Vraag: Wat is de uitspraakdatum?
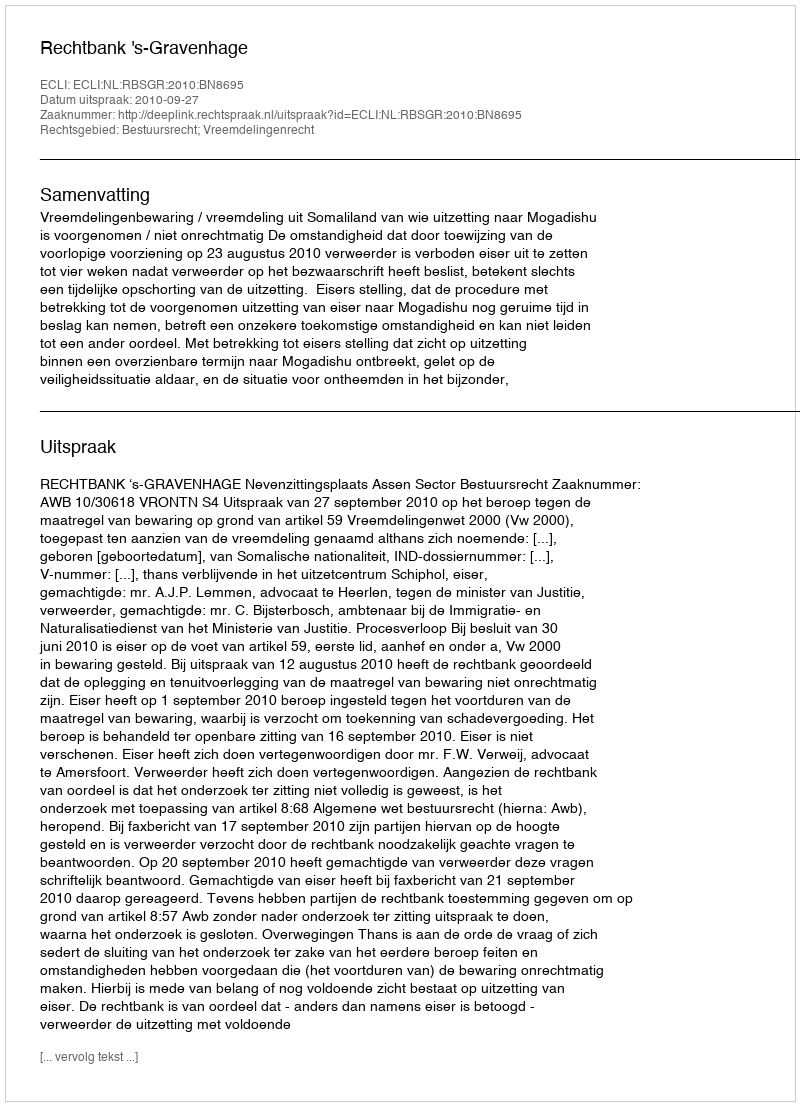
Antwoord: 2010-09-27